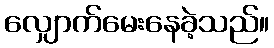
လျှောက်မေးနေခဲ့သည်။